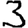
Digit: 3